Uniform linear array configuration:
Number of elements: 48
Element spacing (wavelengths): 1
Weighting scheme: exponential
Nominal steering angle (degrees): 0
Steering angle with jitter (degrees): -1.817
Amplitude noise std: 0.05
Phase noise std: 0.05

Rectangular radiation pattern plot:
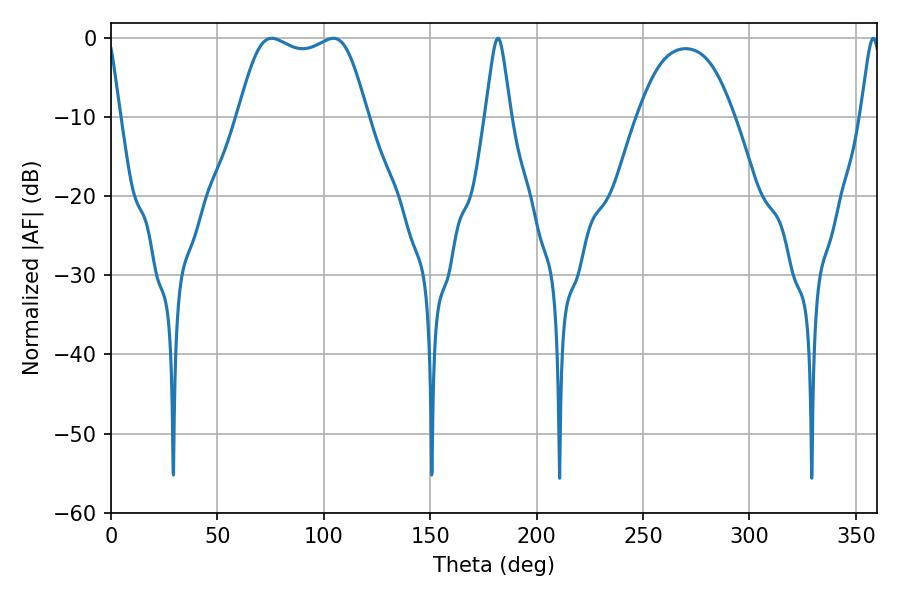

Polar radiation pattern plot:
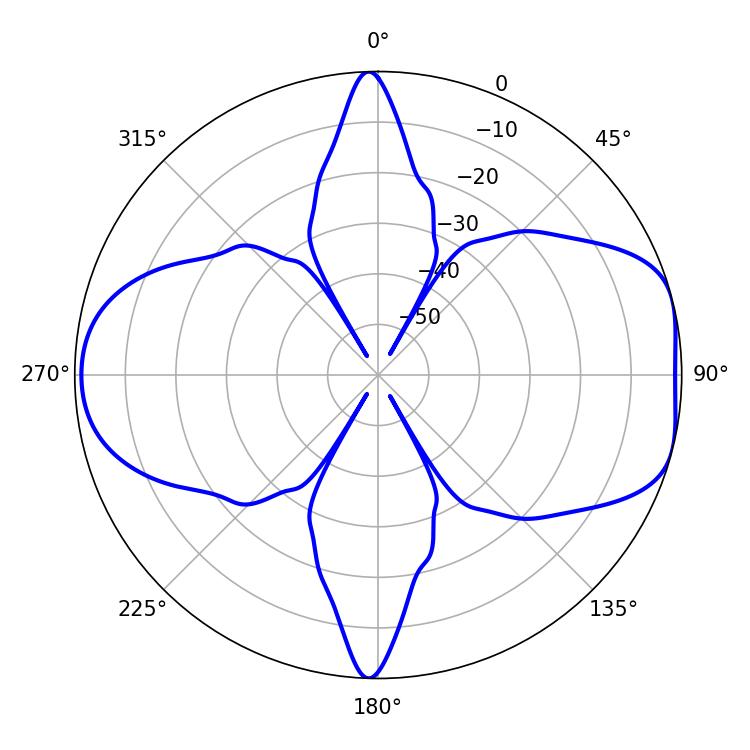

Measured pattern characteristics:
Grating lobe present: TRUE
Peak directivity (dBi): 7.482
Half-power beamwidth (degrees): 46.8
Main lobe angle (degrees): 75.42